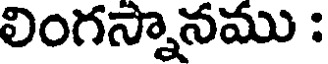
లింగస్నానము :